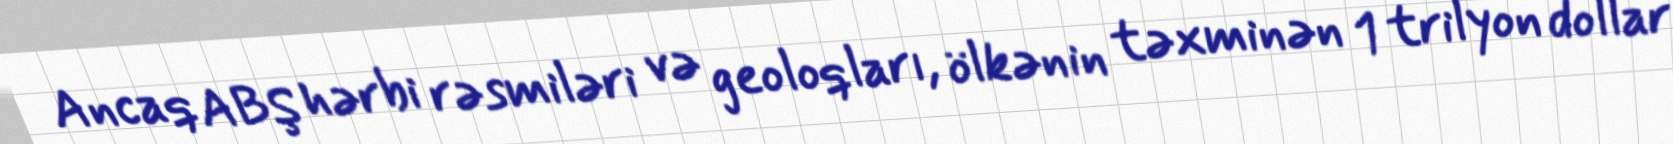
Ancaq ABŞ hərbi rəsmiləri və geoloqları, ölkənin təxminən 1 trilyon dollar